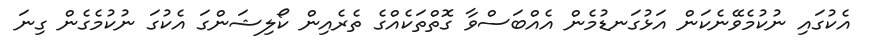
އެކުގައި ނުކުމެވޭނެކަން އަޅުގަނޑުމެން އެއްބަސްވާ ގޮތްތަކެއްގެ ތެރެއިން ކޯލިޝަންގަ އެކުގަ ނުކުމެގެން ގިނަ